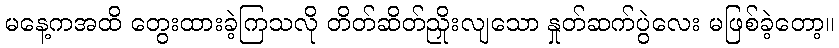
မနေ့ကအထိ တွေးထားခဲ့ကြသလို တိတ်ဆိတ်ညှိုးလျသော နှုတ်ဆက်ပွဲလေး မဖြစ်ခဲ့တော့။